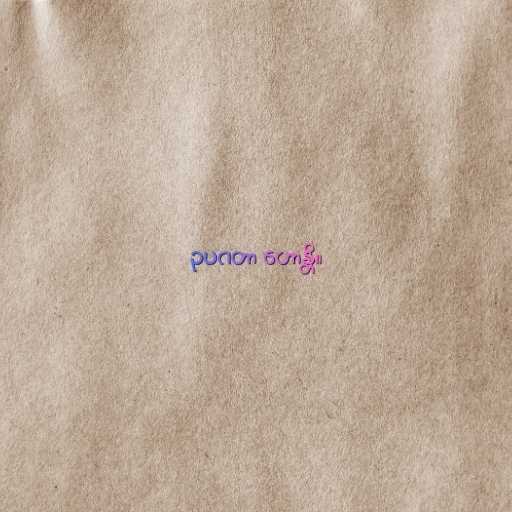
ဥပဂတာ ဟောန္တိ။